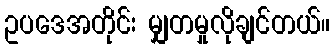
ဥပဒေအတိုင်း မျှတမှုလိုချင်တယ်။